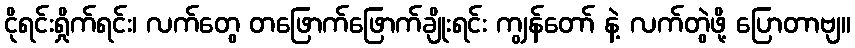
ငိုရင်းရှိုက်ရင်း၊ လက်တွေ တဖြောက်ဖြောက်ချိုးရင်း ကျွန်တော် နဲ့ လက်တွဲဖို့ ပြောတာဗျ။